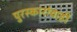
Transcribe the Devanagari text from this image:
पुरस्कारांचाही